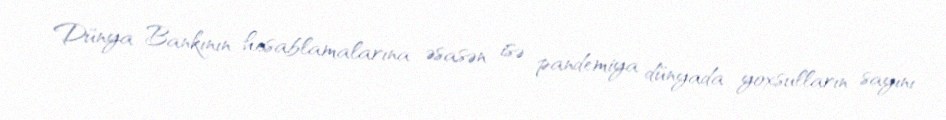
Dünya Bankının hesablamalarına əsasən isə pandemiya dünyada yoxsulların sayını